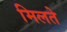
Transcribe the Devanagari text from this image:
मिलते